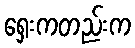
ရှေးကတည်းက